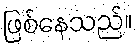
ဖြစ်နေသည်။